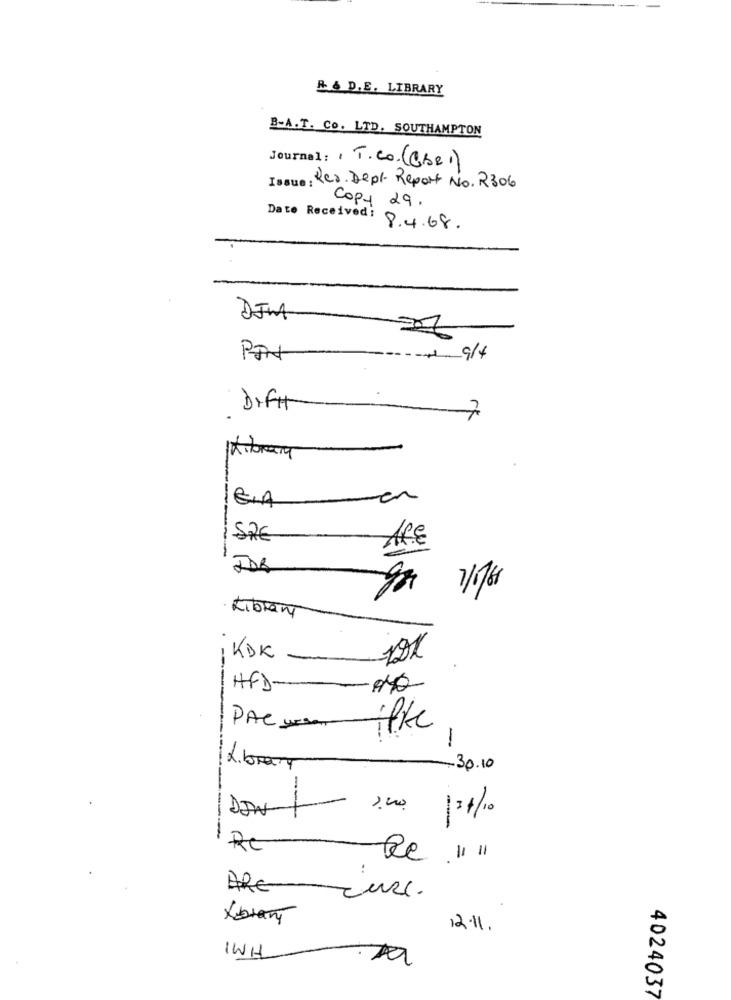
R & D.E. LIBRARY
B-A.T. Co. LTD. SOUTHAMPTON
Journal: /T.Co. (Che)
Issue : Res. Depl. Report No. 2306
Copy 29.
Date Received:
8.4.68.
DIMA
PIN
DIFt
7
-en
E.A
ARE
Library
KDK
-
HFD-
PAC west
1 --
-
Library
30.10
P
2.00 134/10
RE
Re "I "1
..
BRE
12.11.
IWH
4024037